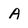
Character: A